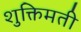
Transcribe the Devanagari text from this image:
शुक्तिमती